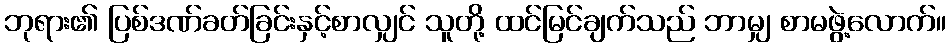
ဘုရား၏ ပြစ်ဒဏ်ခတ်ခြင်းနှင့်စာလျှင် သူတို့ ထင်မြင်ချက်သည် ဘာမျှ စာမဖွဲ့လောက်။